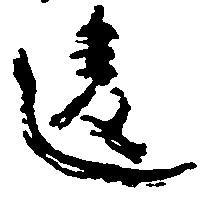
違